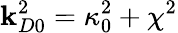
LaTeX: {\mathbf{k}_{D0}^{2}=\kappa_{0}^{2}+\chi^{2}}